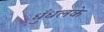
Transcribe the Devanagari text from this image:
धुँधलके